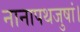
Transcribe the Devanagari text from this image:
नानापथजुषां।